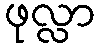
ဖုလ္လာ